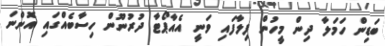
ބަޑިން ހަމަލާ ދިން މީހުން ފިލާފައި ވަނީ އެއާޕޯޓާ ދުރުނޫން ހިސާބެއްގައި އޮންނަ